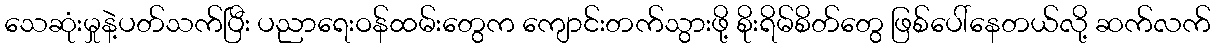
သေဆုံးမှုနဲ့ပတ်သက်ပြီး ပညာရေးဝန်ထမ်းတွေက ကျောင်းတက်သွားဖို့ စိုးရိမ်စိတ်တွေ ဖြစ်ပေါ်နေတယ်လို့ ဆက်လက်